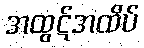
အထွဋ်အထိပ်